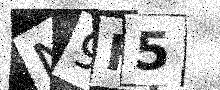
Text: N9F5